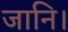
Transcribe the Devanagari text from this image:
जानि।